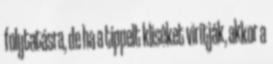
folytatásra, de ha a tippelt kliséket virítják, akkor a